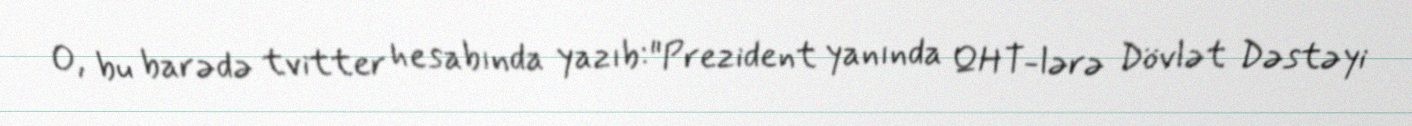
O, bu barədə tvitter hesabında yazıb:"Prezident yanında QHT-lərə Dövlət Dəstəyi